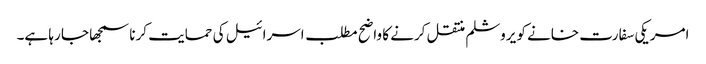
امریکی سفارت خانے کو یروشلم منتقل کرنے کا واضح مطلب اسرائیل کی حمایت کرنا سمجھا جا رہا ہے۔